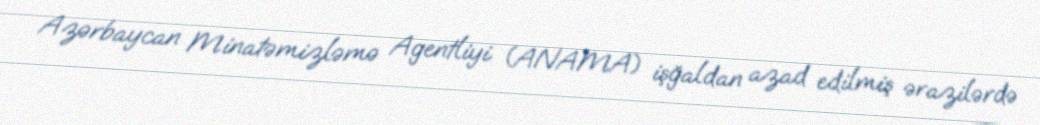
Azərbaycan Minatəmizləmə Agentliyi (ANAMA) işğaldan azad edilmiş ərazilərdə